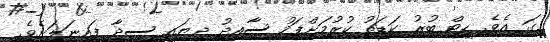
ގަ އެވެ. ހީޓް ބުރު ކަޑަތު ކުރުމަށްފަހު ސާއިދު ދިޔައީ ސީދާ ފައިނަލަށެވެ.